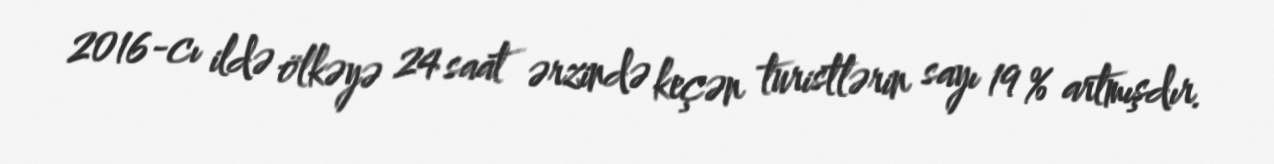
2016-cı ildə ölkəyə 24 saat ərzində keçən turistlərin sayı 19 % artmışdır.